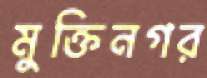
মুক্তিনগর